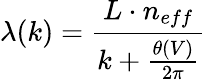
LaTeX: \lambda(k)=\frac{L\cdot n_{eff}}{k+\frac{\theta(V)}{2\pi}}